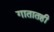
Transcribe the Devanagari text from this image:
गातातही